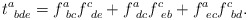
\begin{align*}t_{\ bde}^a=f_{\ bc}^af_{\ de}^c+f_{\ dc}^af_{\ eb}^c+f_{\ ec}^af_{\ bd}^c.\end{align*}